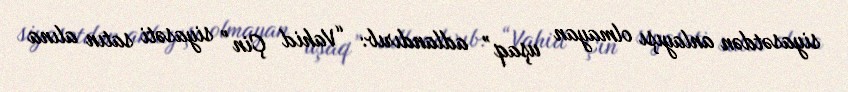
siyasətdən anlayışı olmayan uşaq” adlandırıb: “Vahid Çin” siyasəti satın alına